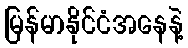
မြန်မာနိုင်ငံအနေနဲ့